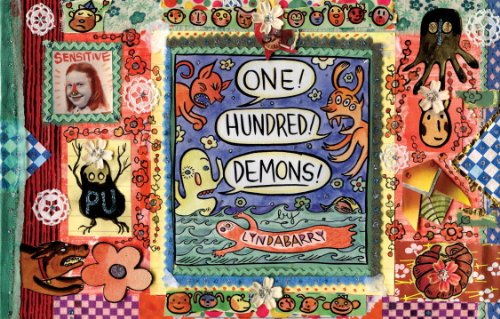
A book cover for One Hundred Demons; Lynda Barry; Comics & Graphic Novels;